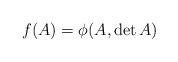
LaTeX: \begin{align*}f(A) & = \phi(A,\det A) \end{align*}